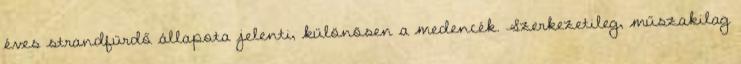
éves strandfürdő állapota jelenti, különösen a medencék. Szerkezetileg, műszakilag